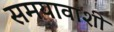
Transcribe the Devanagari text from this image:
समयावाशी